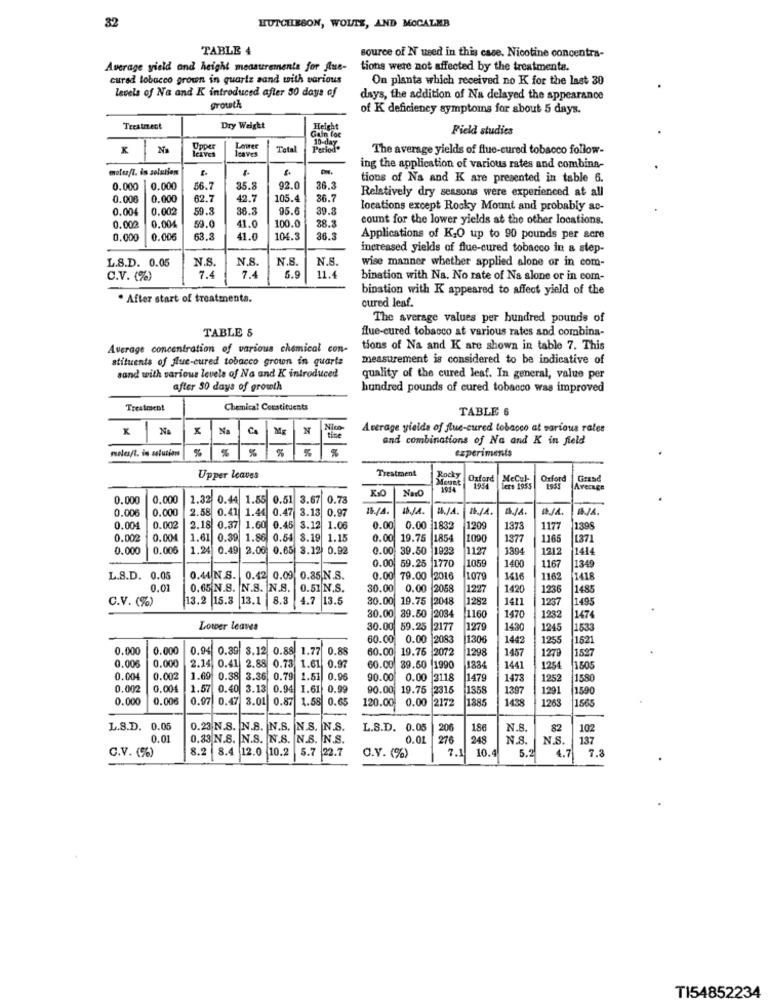
32
HUTCHESON, WOUTE, AND MOCALEB
TABLE 4
source of N used in this case. Nicotine concentra-
Average yield and height measurements for Aus-
tions were not affected by the treatmenta.
cured tobacco grown in quartz aand with various
On planta which received no K for the last 30
levels of Na and K introduced after 30 days of
days, the addition of Na delayed the appearance
growth
of K deficiency symptoms for about 5 days.
Treatment
Dry Weight
Height
Field studies
Gain loc
K
No
Icaves
Upper
leaves
Lower
Total
Period"
10-da7
The average yields of flue-cured tobacco follow-
motos/t. is solution
ing the application of various rates and combina-
tions of Na and K are presented in table 6.
0.000
0.000
56.7
35.8
92.0
36.3
Relatively dry seasons were experienced at all
0.006
0.000
62.7
42.7
105.4
36.7
0.004
0.002
59.3
36.3
95.6
39.8
locations except Rocky Mount and probably ac-
count for the lower yields at the other locations.
0.002
0.004
59.0
41.0
100.
38.3
0.000
0.006
63.3
41.0
104.
26.5
Applications of K,O up to 90 pounds per sere
increased yields of flue-cured tobacco in a step-
L.S.D. 0.05
N.S.
N.S.
V.B.
N.S.
wise manner whether applied alone or in com-
C.V. (%)
7.4
7.4
5.9
11.4
bination with Na. No rate of Na alone or in com-
bination with K appeared to affect yield of the
. After start of treatmenta.
cured leaf.
The average values per hundred pounds of
TABLE 5
flue-cured tobacco at various rates and combina-
Average concentration of various chemical con-
tions of Na and K are shown in table 7. This
stituents of flue-cured tobacco grown in quarta
measurement is considered to be indicative of
sand with various levels of Na and K introduced
quality of the cured leaf. In general, value per
after 30 days of growth
hundred pounds of cured tobacco was improved
Treatment
Chemical Constituents
TABLE 6
NA
x
Na
N
Nico
Average yields of flue-cured tobacco at various rates
x 1
tine
and combinations of Na and K in field
mnles/t. is solutions
% %
%
%
experiments
Treatment
Upper leaves
Mount
MeC.1-
Oxford
Grasd
KO
NarO
lers 1955
Average
0.000
0.000
1.32
0.44 1.85
0.51 3.67 0.73
0.00€
0.000
2.58 0.41
1.44 0.47
3.13
0.97
15/4
M./4.
I/A
0.00
0.002
2.18 0.37 1.60 0.45 3.12 1.06
0.00
0.00 1832
1209
1373
1177
1398
0.00
0.004
1.61 0.39 1.86 0.54 8.19 1.15
0.00 19.75
0.00
19.75
1854
1090
1377
1165
1371
0.000
0.006
1.24
0.49 2.00 0.65 3.12 0.92
0.00 39.50 1922
1127
1394
1212
1414
0.00
59.25 1770
1059
1400
1167
1349
L.S.D. 0.05
0.44 N.S. 0.42 0.09 0.35 N.S.
0.00
0 79.00 2016
1079
1416
1162
1418
0.01
0.65 N.S. N.S. N.S. 0.51 N.S.
30.00
0.00 2058
122
1420
1236
1485
C.V. (%)
13.2 15.3 13.1 8.3 4.7 13.5
30.00 19.75 2048
1282
1411
1237
1495
30.00 89.50 2034
1160
1470
1232
1476
Lower leaves
30.00 59.25 2177
1279
1430
1245
1533
60.00 0.00 2083
1306
1442
1255
1521
0.000
0.000
0.94 0.39 8.12 0.88 1.77 0.88
60.00 19.76 2072
1298
0.000
1457
1279
1527
0.006
2.14, 0.41
2.88
0.73 1.61 0.97
60.00
39.50
1884
1441
1254
150
0.00
0.002
1.69 0.38 3.36 0.79 1.51 0.96
90.00 0.00 2118
1479
1473
1252
1580
0.002
0.004
1.57 0.40 3.13 0.94 1.61 0.99
90.00 19.75 2315
1358
1397
1291
1590
0.00
0.00€
0.97 0.47 3.01 0.87
1.58 0.65
120.00
0.00 2172
S&FFI
1885
1438
1263
1865
-
L.S.D. 0.05
0.23 N.S. N.S. N.S. N.S. N.S.
L.S.D. 0.05
206
186
N.S.
82
0.01
0.33 N.S. N.S. N.S. N.S. N.S.
0.01
276
248
N.S.
8.2 8.4 12.0 10.2 5.7 22.7
10.4
N.S.
7.3
C.V. (%)
O.V. (%)
5.2
4.7
TI54852234